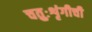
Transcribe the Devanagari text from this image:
चतुःशृंगीची